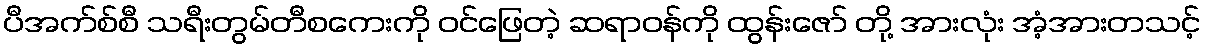
ပီအက်စ်စီ သရီးတွမ်တီစကေးကို ဝင်ဖြေတဲ့ ဆရာဝန်ကို ထွန်းဇော် တို့ အားလုံး အံ့အားတသင့်